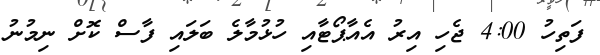
ފަތިހު 4:00 ޖެހި އިރު އެއާޕޯޓާއި ހުޅުމާލެ ބަލައި ފާސް ކޮށް ނިމުނު